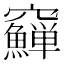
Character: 𥩑